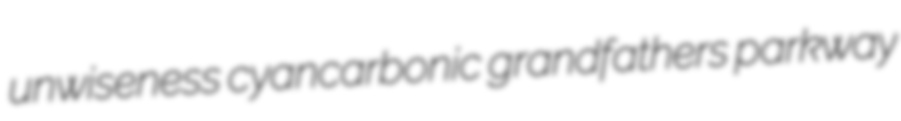
unwiseness cyancarbonic grandfathers parkway